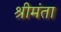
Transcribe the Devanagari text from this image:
श्रीमंता